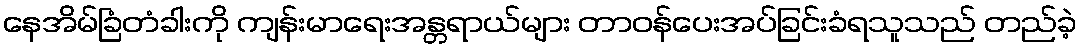
နေအိမ်ခြံတံခါးကို ကျန်းမာရေးအန္တရာယ်များ တာဝန်ပေးအပ်ခြင်းခံရသူသည် တည်ခဲ့